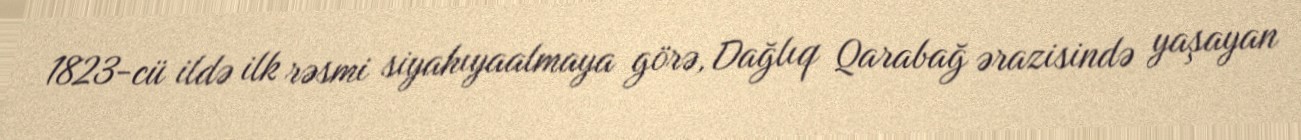
1823-cü ildə ilk rəsmi siyahıyaalmaya görə, Dağlıq Qarabağ ərazisində yaşayan